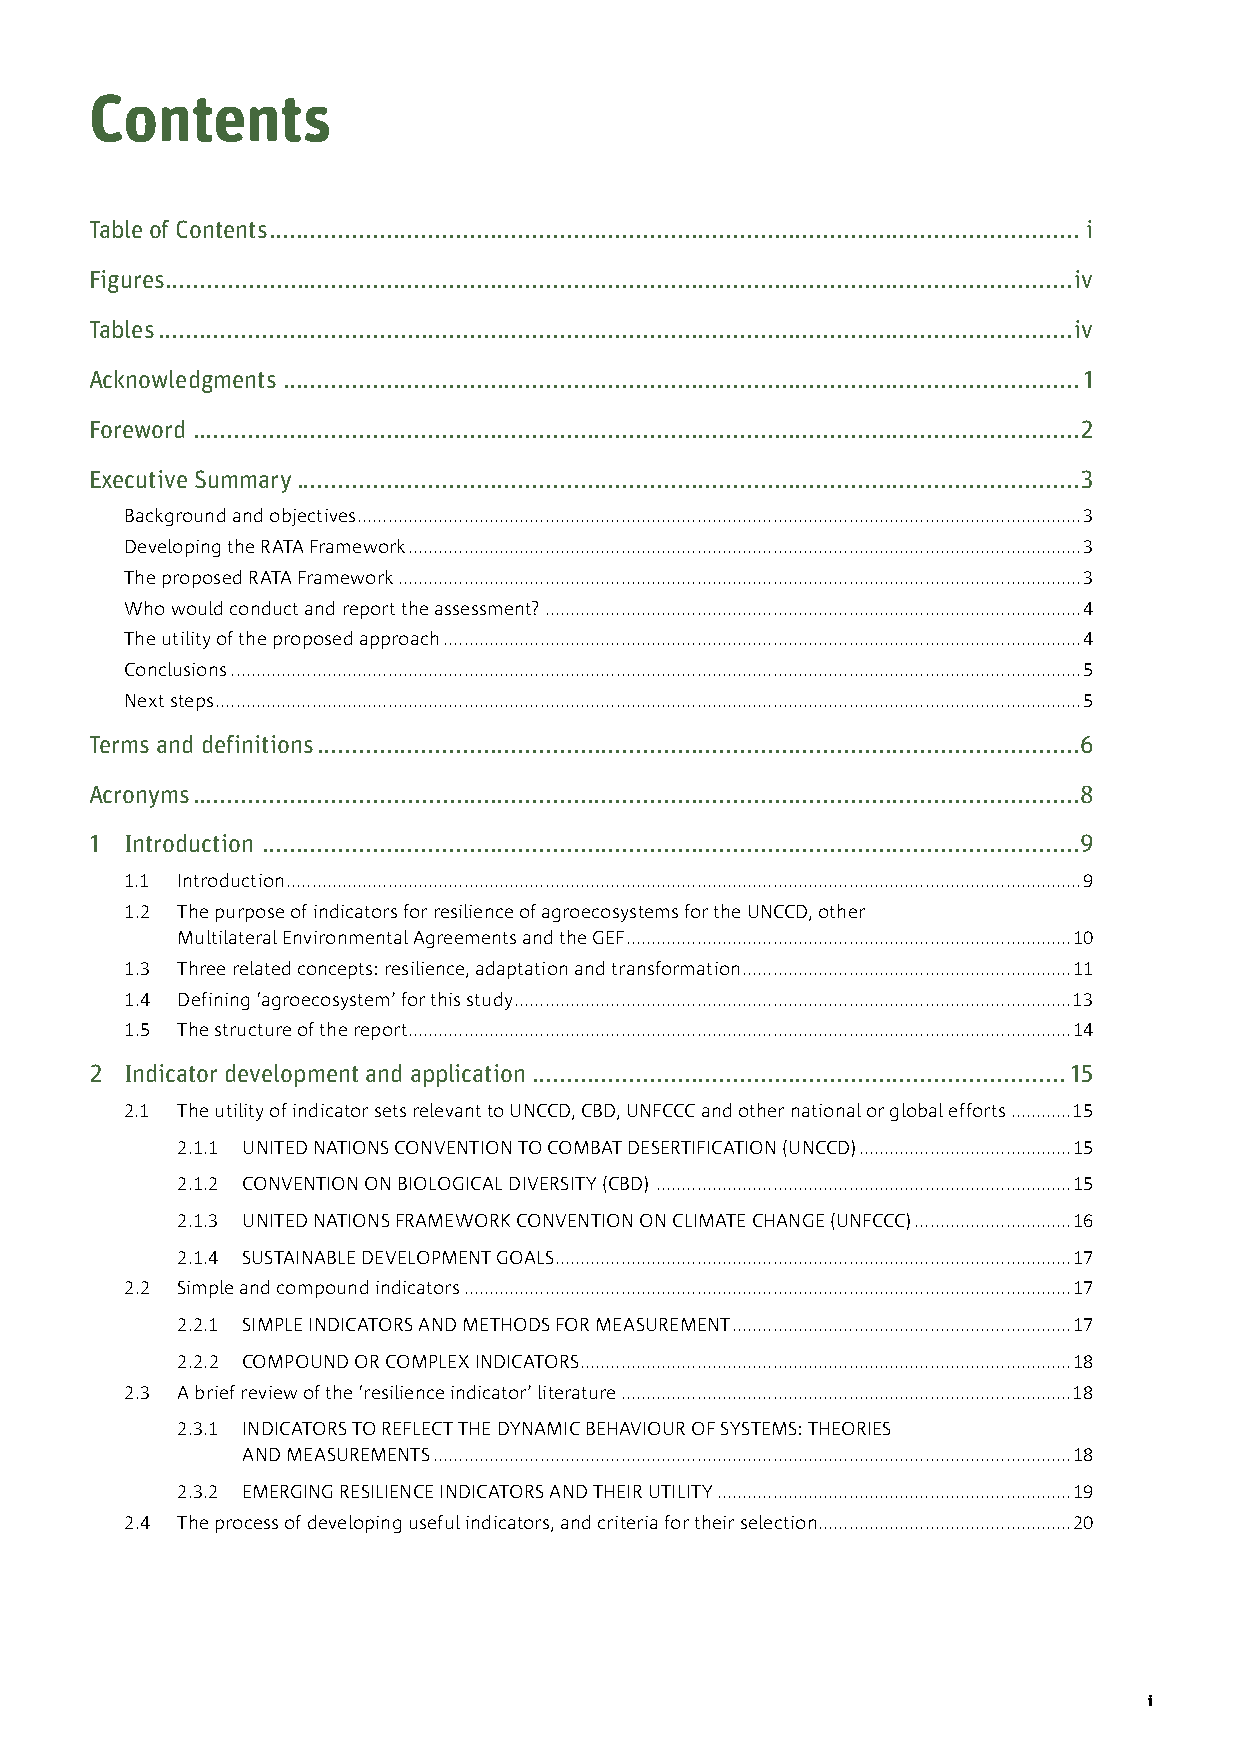
Contents
 Table of Contents ..................................................................................................................... i
 Figures ...................................................................................................................................iv
 Tables ....................................................................................................................................iv
 Acknowledgments ...................................................................................................................1
 Foreword ................................................................................................................................2
 Executive Summary .................................................................................................................3
 Background and objectives ...............................................................................................................................................3
 Developing the RATA Framework .....................................................................................................................................3
 The proposed RATA Framework .......................................................................................................................................3
 Who would conduct and report the assessment? ..........................................................................................................4
 The utility of the proposed approach ..............................................................................................................................4
 Conclusions ........................................................................................................................................................................5
 Next steps ...........................................................................................................................................................................5
 Terms and definitions ..............................................................................................................6
 Acronyms ................................................................................................................................8
 1 Introduction ......................................................................................................................9
 1.1 Introduction .............................................................................................................................................................9
 1.2 The purpose of indicators for resilience of agroecosystems for the UNCCD, other
 Multilateral Environmental Agreements and the GEF ........................................................................................10
 1.3 Three related concepts: resilience, adaptation and transformation .................................................................11
 1.4 Defining ‘agroecosystem’ for this study ..............................................................................................................13
 1.5 The structure of the report ...................................................................................................................................14
 2 Indicator development and application .............................................................................15
 2.1 The utility of indicator sets relevant to UNCCD, CBD, UNFCCC and other national or global efforts ............15
 2.1.1 UNITED NATIONS CONVENTION TO COMBAT DESERTIFICATION (UNCCD) ..........................................15
 2.1.2 CONVENTION ON BIOLOGICAL DIVERSITY (CBD) ..................................................................................15
 2.1.3 UNITED NATIONS FRAMEWORK CONVENTION ON CLIMATE CHANGE (UNFCCC) ...............................16
 2.1.4 SUSTAINABLE DEVELOPMENT GOALS ......................................................................................................17
 2.2 Simple and compound indicators ........................................................................................................................17
 2.2.1 SIMPLE INDICATORS AND METHODS FOR MEASUREMENT ...................................................................17
 2.2.2 COMPOUND OR COMPLEX INDICATORS .................................................................................................18
 2.3 A brief review of the ‘resilience indicator’ literature .........................................................................................18
 2.3.1 INDICATORS TO REFLECT THE DYNAMIC BEHAVIOUR OF SYSTEMS: THEORIES
 AND MEASUREMENTS ..............................................................................................................................18
 2.3.2 EMERGING RESILIENCE INDICATORS AND THEIR UTILITY ......................................................................19
 2.4 The process of developing useful indicators, and criteria for their selection ..................................................20
 i